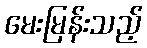
မေးမြန်းသည့်